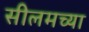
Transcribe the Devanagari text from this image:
सीलमच्या